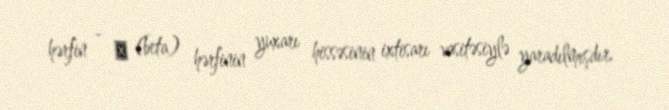
hərfin - Β (beta) hərfinin yuxarı hissəsinin ixtisarı vasitəsiylə yaradılmışdır.